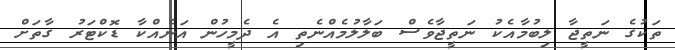
ތަކުގެ ނަތީޖާ ލިބުމާއެކު ނަތީޖާވެސް ބަލާލުމެއްނެތި އެ ދެމީހުން އަނެއްކާ ޑޮކްޓަރު ގާތަށް